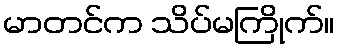
မာတင်က သိပ်မကြိုက်။